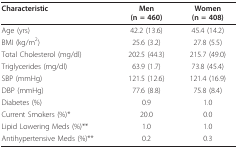
<table><thead><tr><td><b>Characteristic</b></td><td><b>Men(n = 460)</b></td><td><b>Women(n = 408)</b></td></tr></thead><tbody><tr><td>Age (yrs)</td><td>42.2 (13.6)</td><td>45.4 (14.2)</td></tr><tr><td>BMI (kg/m<sup>2</sup>)</td><td>25.6 (3.2)</td><td>27.8 (5.5)</td></tr><tr><td>Total Cholesterol (mg/dl)</td><td>202.5 (44.3)</td><td>215.7 (49.0)</td></tr><tr><td>Triglycerides (mg/dl)</td><td>63.9 (1.7)</td><td>73.8 (45.4)</td></tr><tr><td>SBP (mmHg)</td><td>121.5 (12.6)</td><td>121.4 (16.9)</td></tr><tr><td>DBP (mmHg)</td><td>77.6 (8.8)</td><td>75.8 (8.4)</td></tr><tr><td>Diabetes (%)</td><td>0.9</td><td>1.0</td></tr><tr><td>Current Smokers (%)*</td><td>20.0</td><td>0.0</td></tr><tr><td>Lipid Lowering Meds (%)**</td><td>1.0</td><td>1.0</td></tr><tr><td>Antihypertensive Meds (%)**</td><td>0.2</td><td>0.3</td></tr></tbody></table>